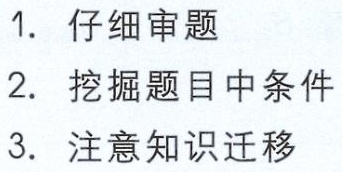
1. 仔细审题

2. 挖掘题目中条件

3. 注意知识迁移